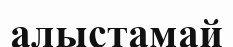
алыстамай